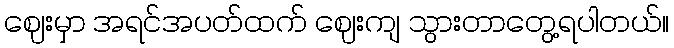
ဈေးမှာ အရင်အပတ်ထက် ဈေးကျ သွားတာတွေ့ရပါတယ်။